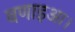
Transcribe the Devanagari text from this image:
बणाइआ।